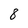
Character: 8